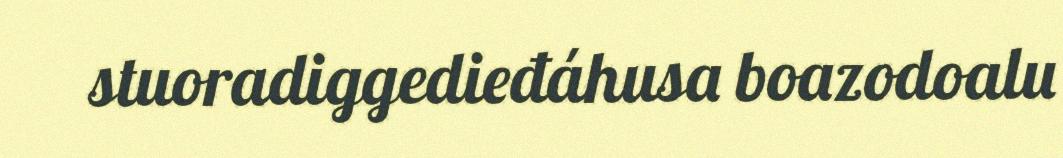
stuoradiggedieđáhusa boazodoalu